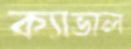
ক্যাভাল